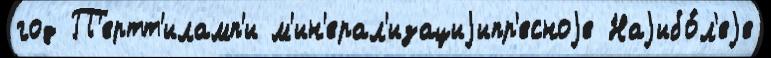
год П'ертт'иламп'и м'ин'ерал'изациjипр'есноjе Наjибо́л'еjе